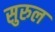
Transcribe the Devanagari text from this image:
सुरुल